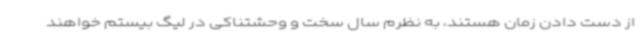
از دست دادن زمان هستند، به نظرم سال سخت و وحشتناکی در لیگ بیستم خواهند